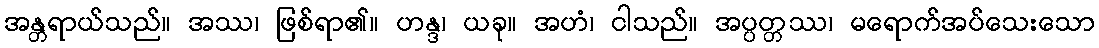
အန္တရာယ်သည်။ အဿ၊ ဖြစ်ရာ၏။ ဟန္ဒ၊ ယခု။ အဟံ၊ ငါသည်။ အပ္ပတ္တဿ၊ မရောက်အပ်သေးသော